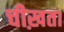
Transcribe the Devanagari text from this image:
चीख़ता